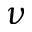
\nu